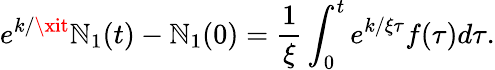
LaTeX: e^{k/\xit}\mathbb{N}_{1}(t)-\mathbb{N}_{1}(0)=\frac{{1}}{{\xi}}\int_{0}^{t}e^{k/\xi\tau}f(\tau)d\tau.